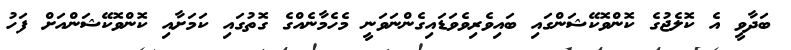
ބަދާވީ އެ ކޮލެޖުގެ ކޮންވޮކޭޝަންގައި ބައިވެރިވެވަޑައިގެންނަވަނީ މެހެމާނެއްގެ ގޮތުގައި ކަމަށާއި ކޮންވޮކޭޝަންއަށް ފަހު